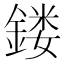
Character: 𨩐